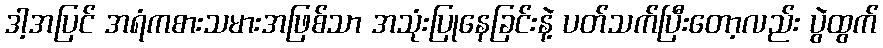
ဒါ့အပြင် အရံကစားသမားအဖြစ်သာ အသုံးပြုနေခြင်းနဲ့ ပတ်သက်ပြီးတော့လည်း ပွဲထွက်